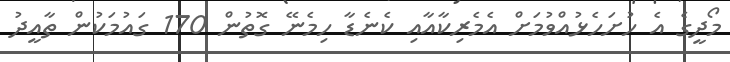
މޯދީގެ އެ ހުށަހެޅުއްވުމަށް އެމެރިކާއާއި ކެނެޑާ ހިމެނޭ ގޮތުން 170 ގައުމަކުން ތާއީދު